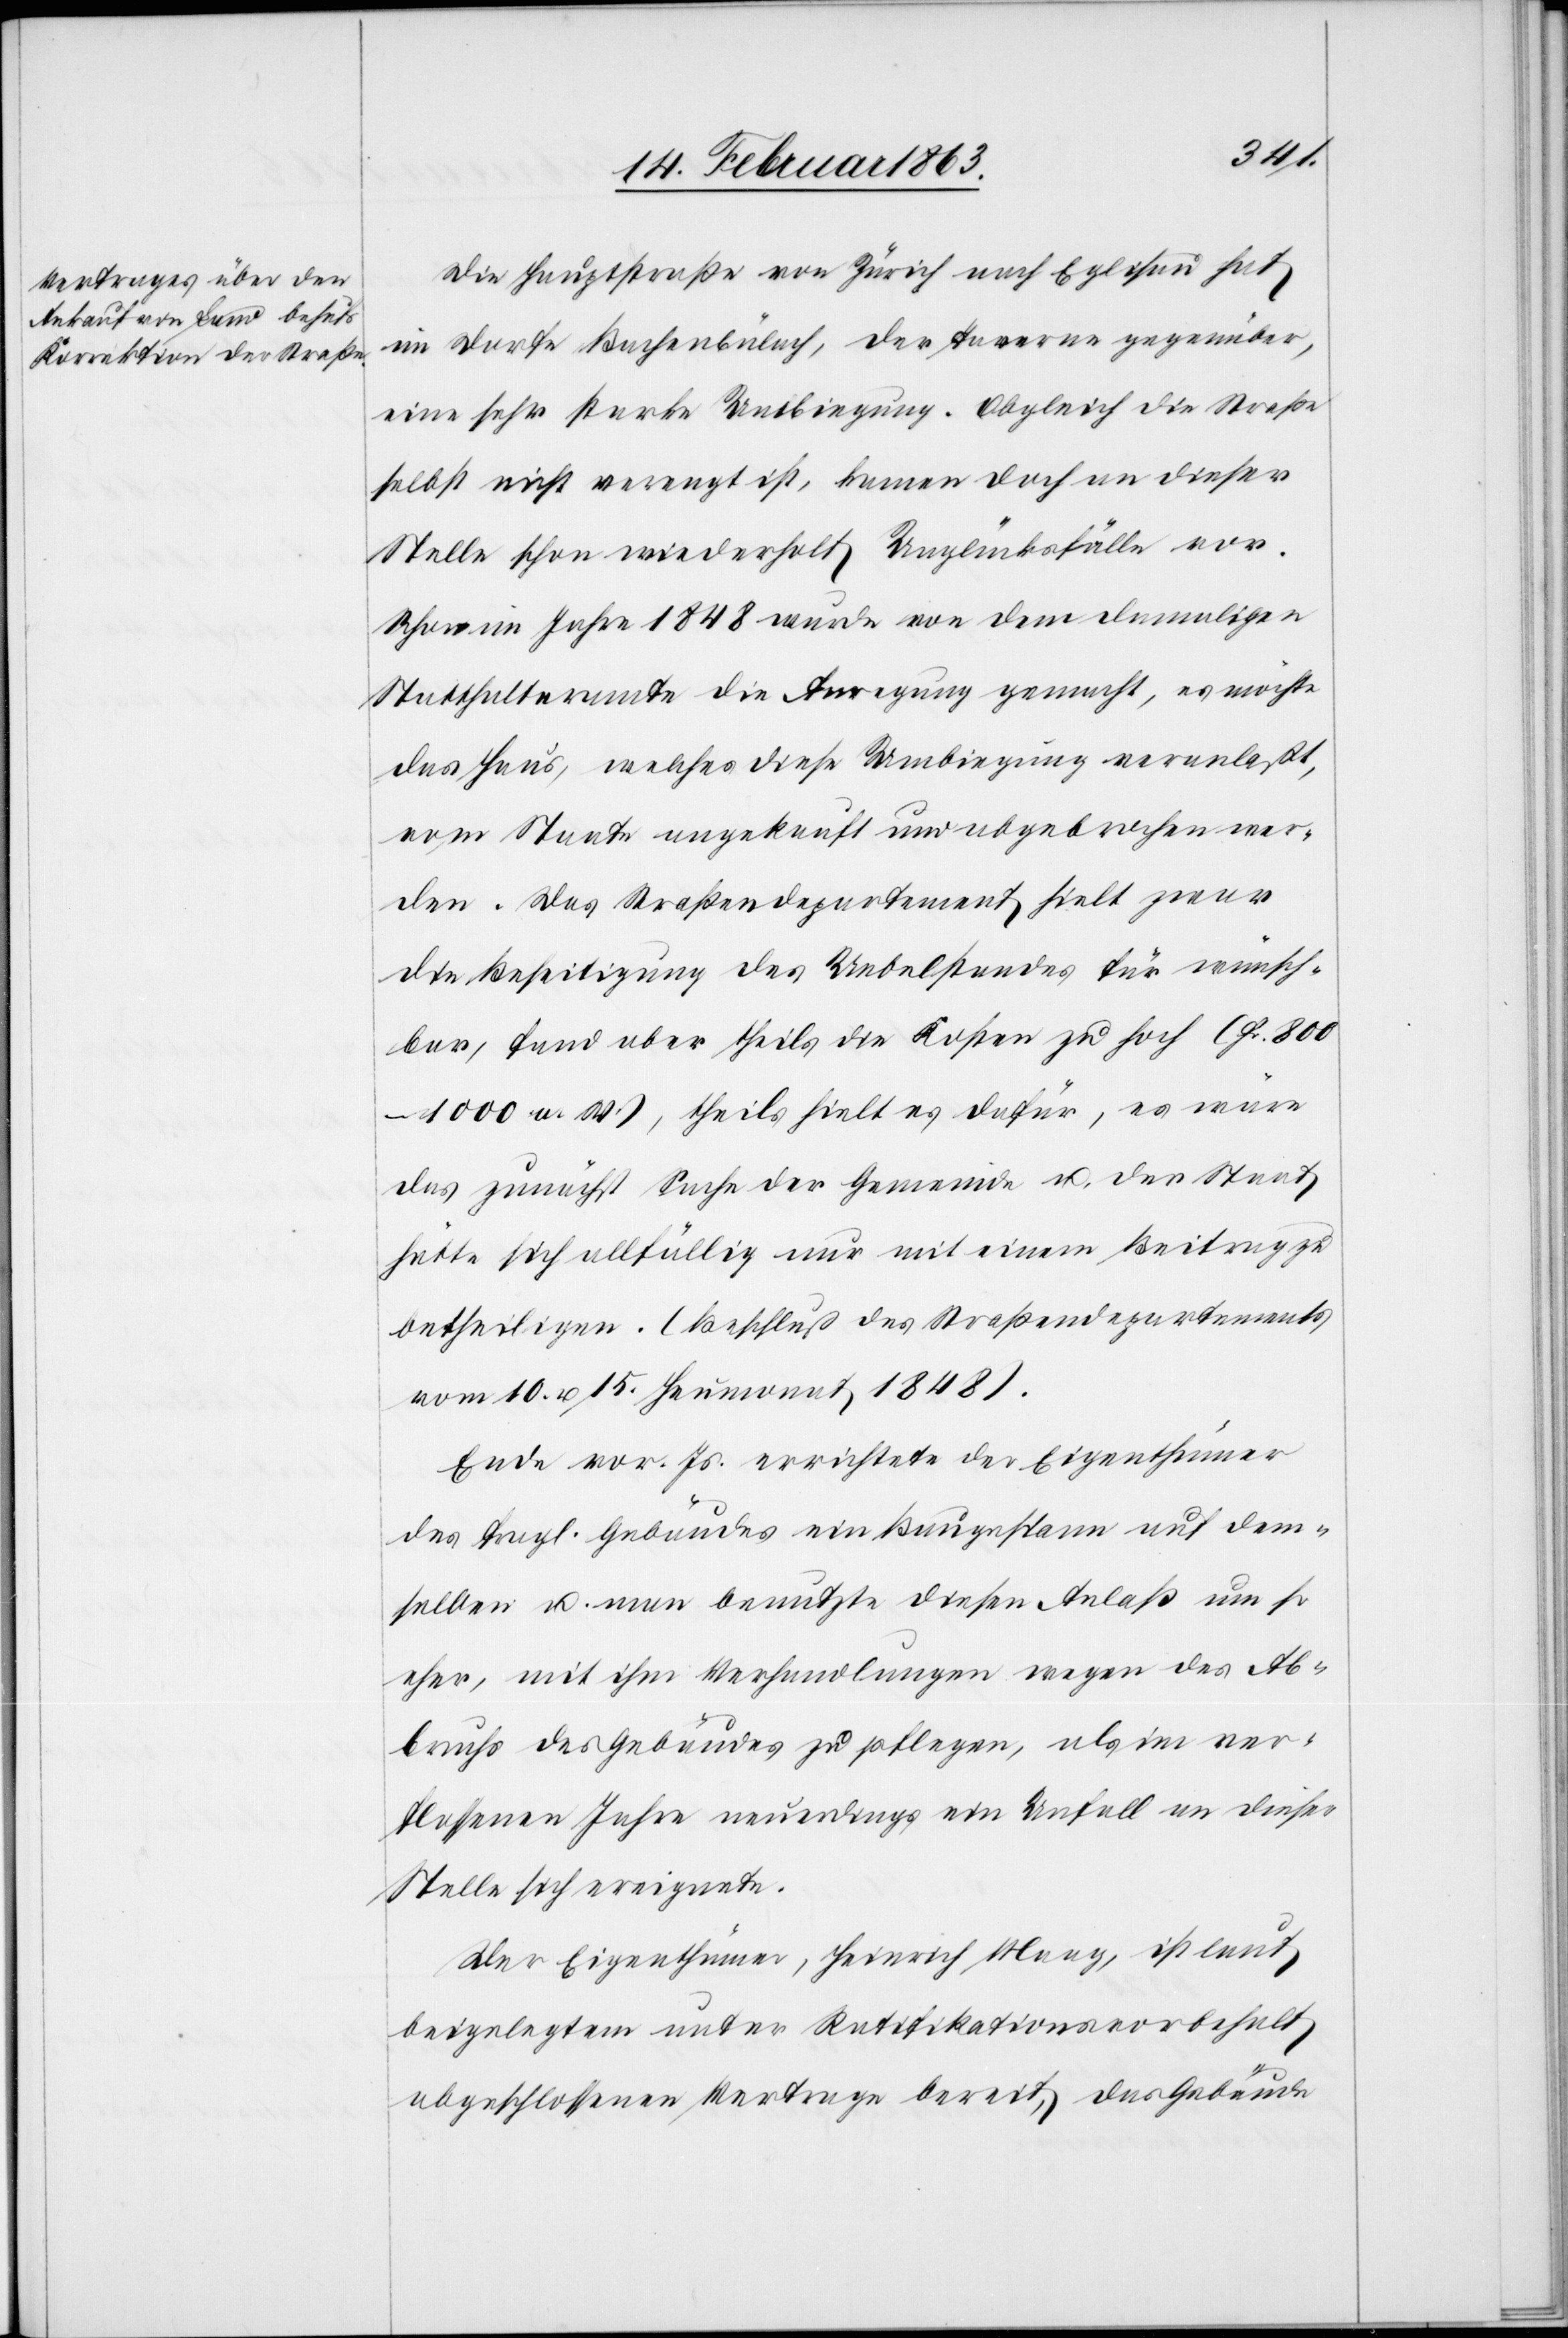
Die Hauptstraße von Zürich nach Eglisau hat
im Dorfe Bachenbülach, der Taverne gegenüber,
eine sehr starke Umbiegung. Obgleich die Straße
selbst nicht verengt ist, kamen doch an dieser
Stelle schon wiederholt Unglücksfälle vor.
Schon im Jahre 1848 wurde von dem damaligen
Statthalteramte die Anregung gemacht, es möchte
das Haus, welches diese Umbiegung veranlaßt,
vom Staate angekauft und abgebrochen wer¬
den. Das Straßendepartement hielt zwar
die Beseitigung des Uebelstandes für wünsch¬
bar, fand aber theils die Kosten zu hoch (Fr.
800–1000 a. W.), theils hielt es dafür, es wäre
das zunächst Sache der Gemeinde u. der Staat
hätte sich allfällig nur mit einem Beitrage zu
betheiligen. (Beschluß des Straßendepartements
vom 10. u. 15. Heumonat 1848).
Ende vor. Js. errichtete der Eigenthümer
des fragl. Gebäudes ein Baugespann auf dem¬
selben u. man benutzte diesen Anlaß um so
eher, mit ihm Verhandlungen wegen des Ab¬
bruchs des Gebäudes zu pflegen, als im ver¬
flossenen Jahre neuerdings ein Unfall an dieser
Stelle sich ereignete.
Der Eigenthümer, Heinrich Maag, ist laut
beigelegtem unter Ratifikationsvorbehalt
abgeschlossenen Vertrage bereit, das Gebäude